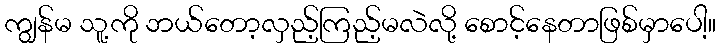
ကျွန်မ သူ့ကို ဘယ်တော့လှည့်ကြည့်မလဲလို့ စောင့်နေတာဖြစ်မှာပေါ့။